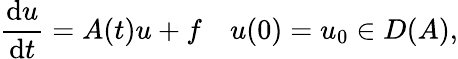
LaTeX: {\frac{\mathrm{d}u}{\mathrm{d}t}}=A(t)u+f\quad u(0)=u_{0}\in D(A),